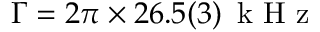
\Gamma = 2 \pi \times 2 6 . 5 ( 3 ) \, \mathrm { ~ k ~ H ~ z ~ }